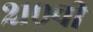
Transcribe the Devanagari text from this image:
२१०ची